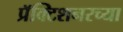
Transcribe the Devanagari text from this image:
प्रॅक्टिशनरच्या